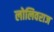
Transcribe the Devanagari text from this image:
लोलिवराज